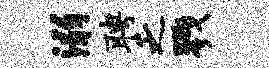
溺聘乏戮